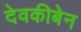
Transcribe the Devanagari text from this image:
देवकीबेन